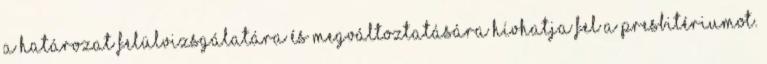
a határozat felülvizsgálatára és megváltoztatására hívhatja fel a presbitériumot.